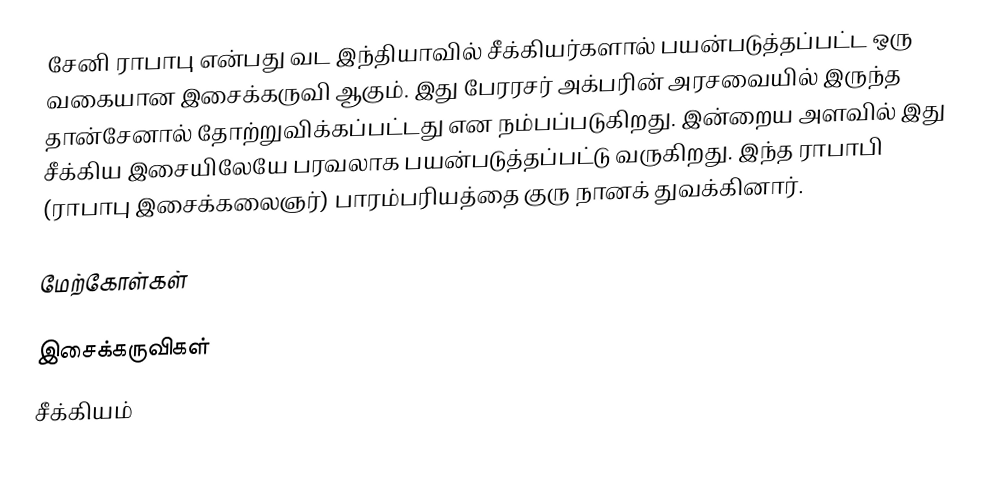
சேனி ராபாபு என்பது வட இந்தியாவில் சீக்கியர்களால் பயன்படுத்தப்பட்ட ஒரு வகையான இசைக்கருவி ஆகும். இது பேரரசர் அக்பரின் அரசவையில் இருந்த தான்சேனால் தோற்றுவிக்கப்பட்டது என நம்பப்படுகிறது. இன்றைய அளவில் இது சீக்கிய இசையிலேயே பரவலாக பயன்படுத்தப்பட்டு வருகிறது. இந்த ராபாபி (ராபாபு இசைக்கலைஞர்) பாரம்பரியத்தை குரு நானக் துவக்கினார்.

மேற்கோள்கள்

இசைக்கருவிகள்
சீக்கியம்